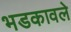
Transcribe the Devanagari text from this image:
भडकावले